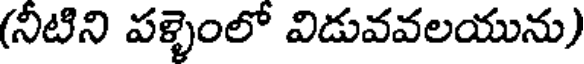
(నీటిని పళ్ళెంలో విడువవలయును)